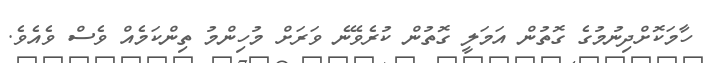
ހާމަކޮށްދިނުމުގެ ގޮތުން އަމަލީ ގޮތުން ކުރެވޭނެ ވަރަށް މުހިންމު ތިންކަމެއް ވެސް ވެއެވެ.